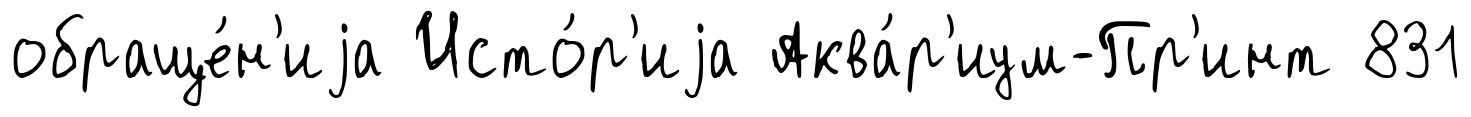
обраще́н'иjа Исто́р'иjа Аква́р'иум-Пр'инт 831